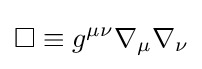
\Box \equiv g^{\mu \nu }\nabla _{\mu }\nabla _{\nu }